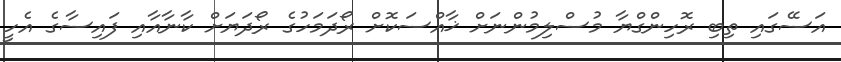
އަސޭގައި ތިބި ރޮހިންގްޔާ މުސްލިމުންނަށް ޚާއްސަކޮށް ރޯދަމަހުގެ ރޯދަޔަށް ކާނާއާއި ފައިސާގެ އެހީ